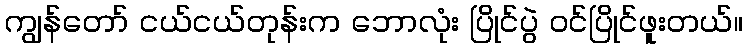
ကျွန်တော် ငယ်ငယ်တုန်းက ဘောလုံး ပြိုင်ပွဲ ဝင်ပြိုင်ဖူးတယ်။